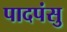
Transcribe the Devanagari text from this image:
पादपंसु